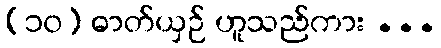
(၁၀) ဓာတ်ယှဉ် ဟူသည်ကား ...